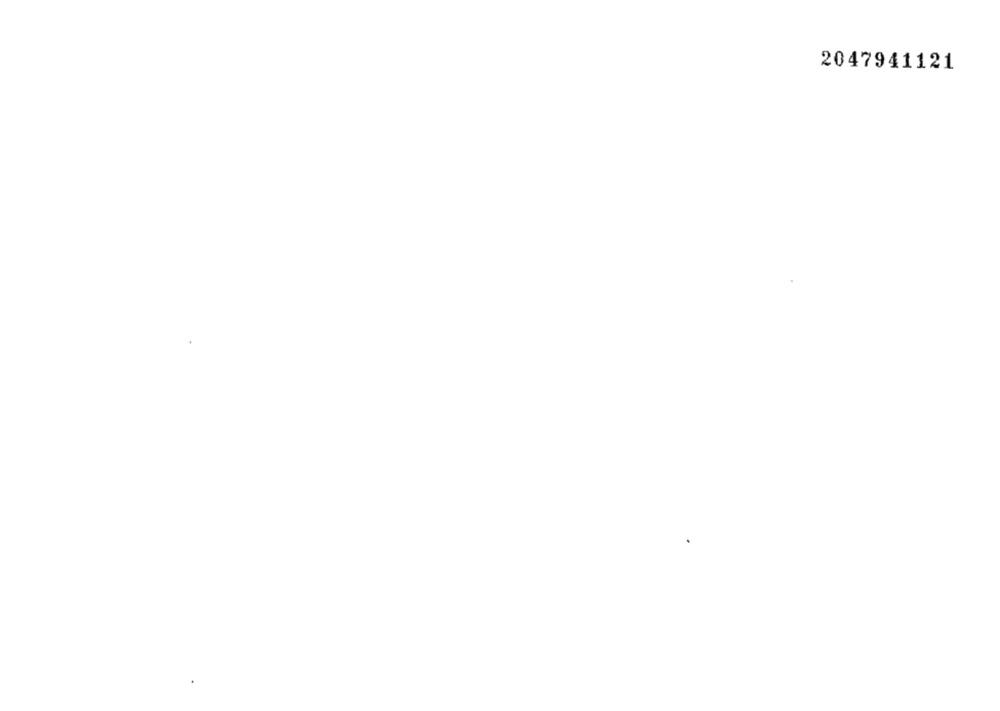
2047941121